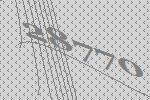
28770